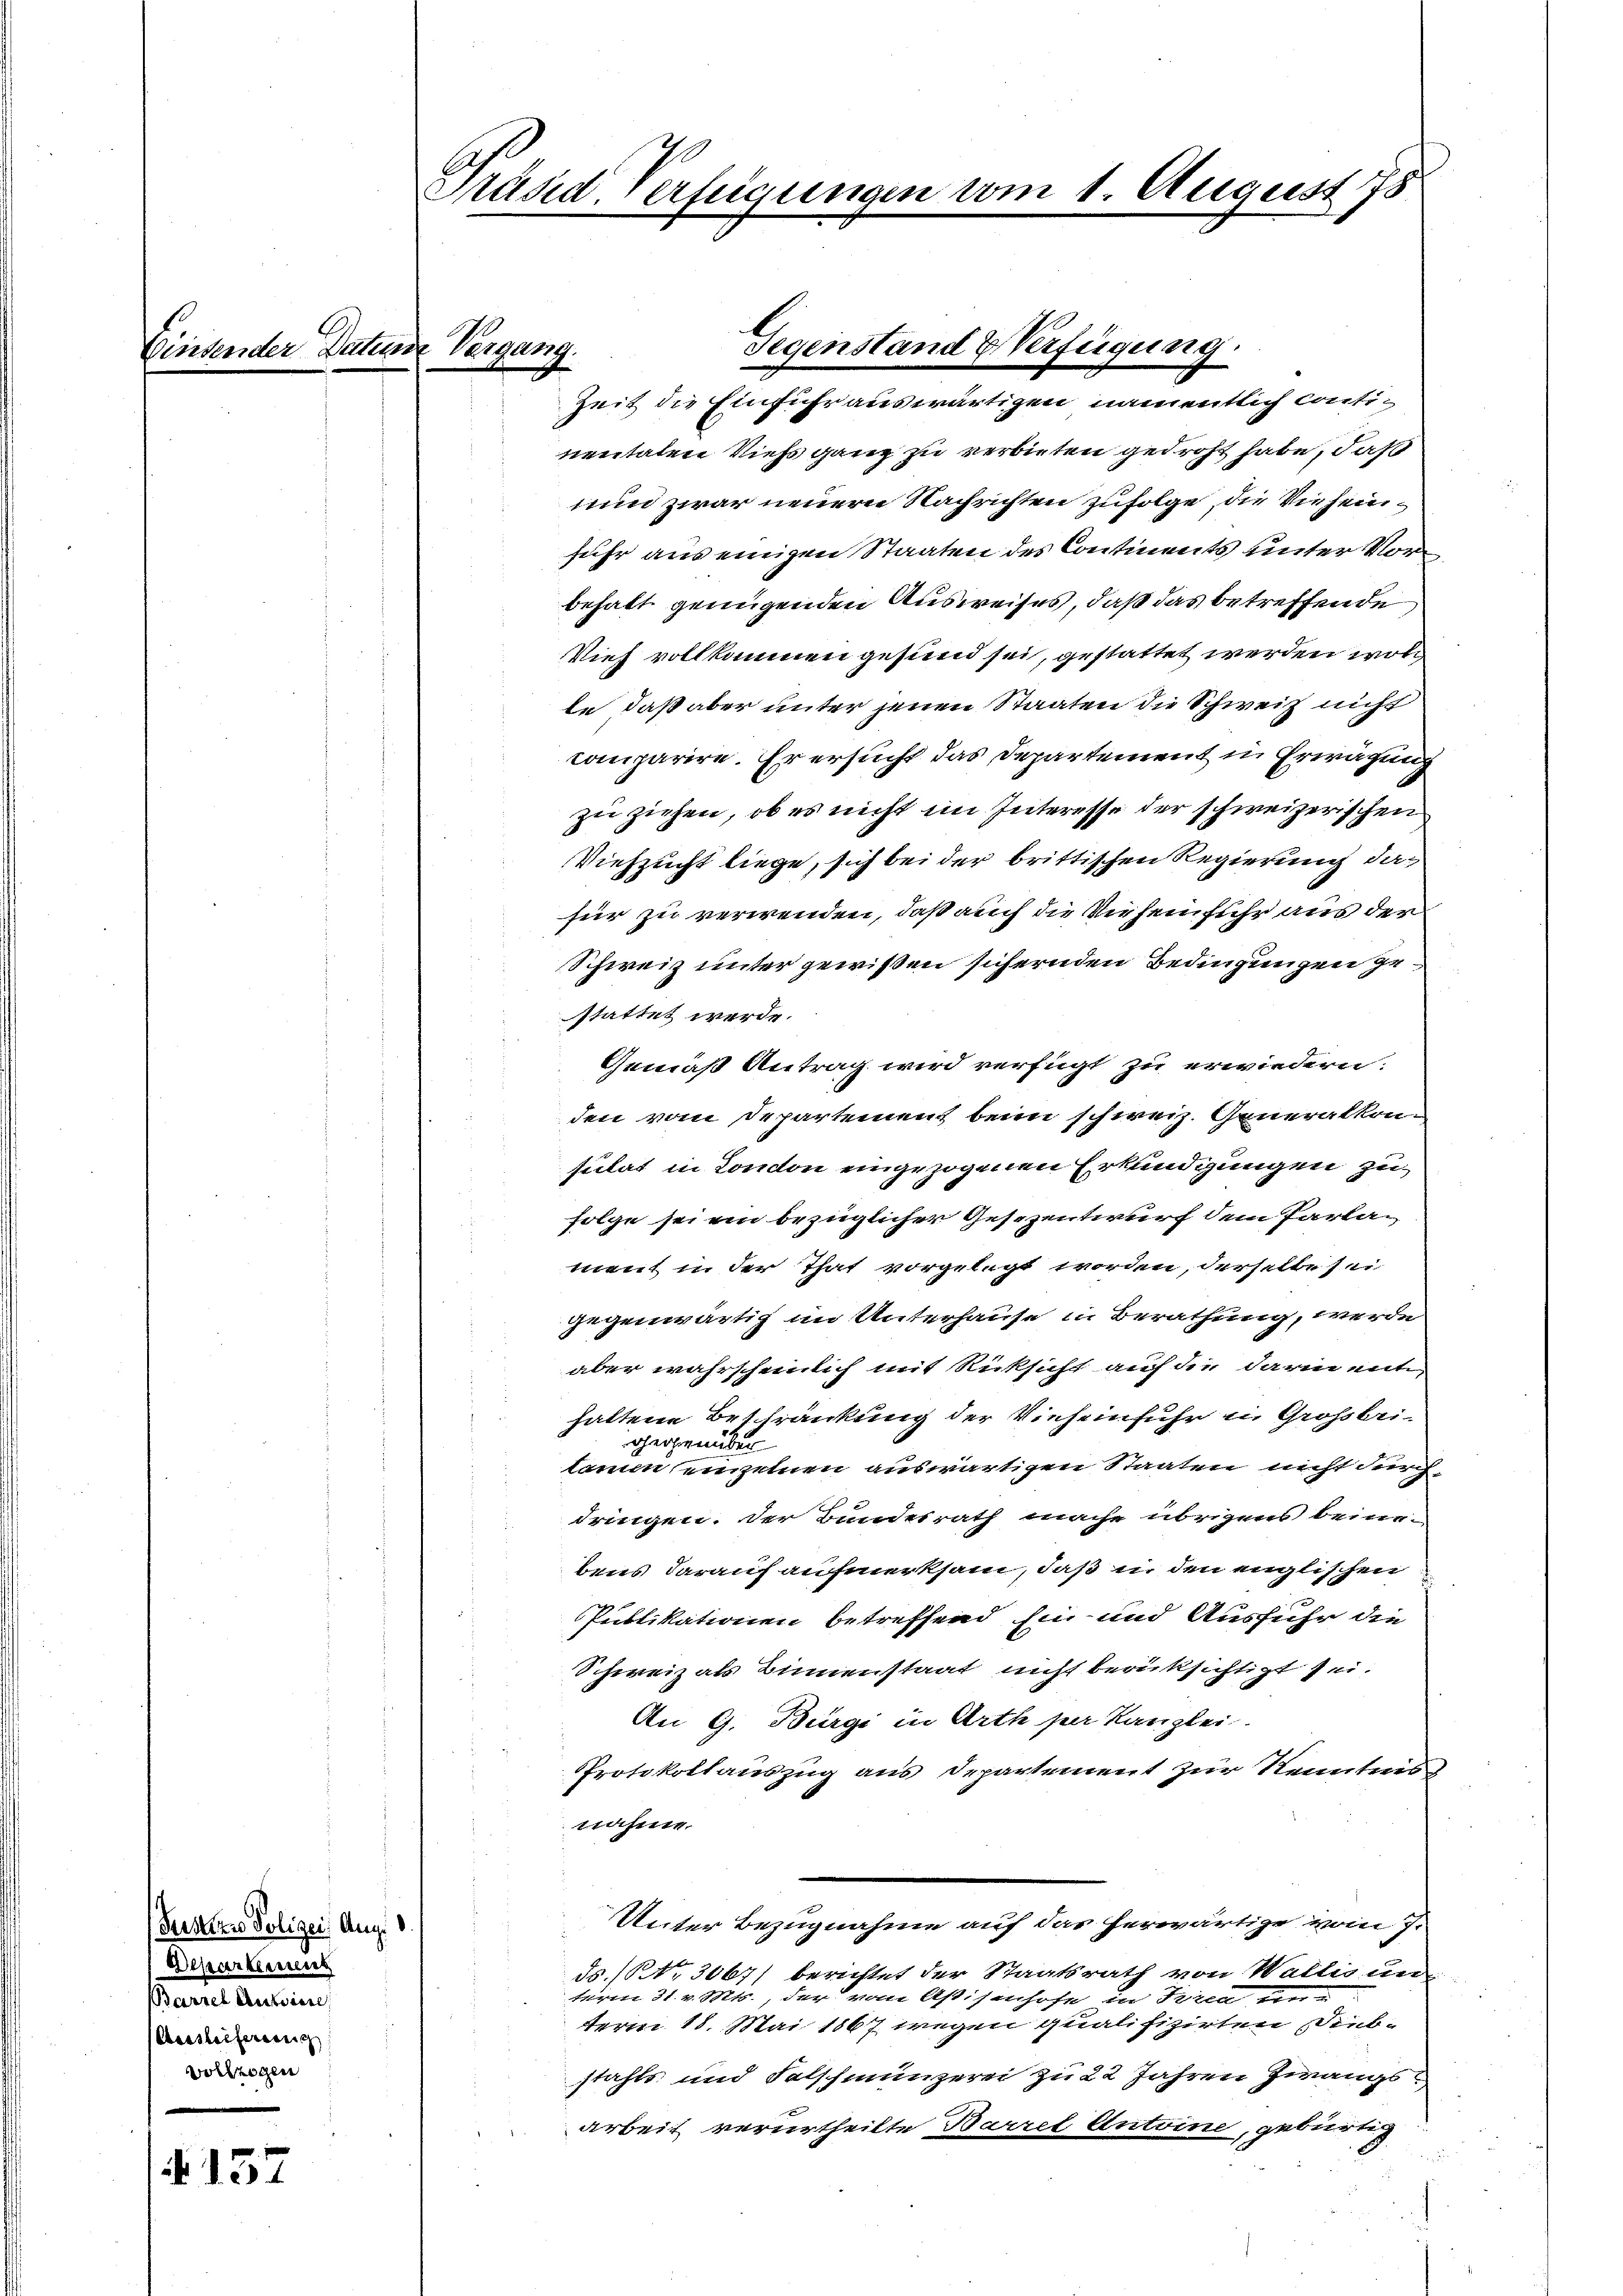
Winsender

137

2

Justian Polizei Aug.
Beparterung
Barre Austrice,
Aersheitererrich
vollzogen

Präsid. Verfügungen vom 1. August 178

und Vergang.

Gegenstand & Verfügung.

Zeit die Einfuhr auswärtigen namentlich continentalen Viehs ganz zu verbieten gedroht habe, daß
nun zwar neuerer Nachrichten zufolge, die Vieheinfuhr aus einigen Staaten des Contiments unter Vorbehalt genügenden Ausweises, daß das betreffende
Vieh vollkommen gesund sei, gestattet werden wol
le, daß aber unter jenen Staaten die Schweiz nicht
comparire. Er ersucht das Departement in Erwägung
zu ziehen, ob es nicht im Interesse der schweizerischen
Viehzucht liege, sich bei der brittischen Regierung dafür zu verwenden, daß auch die Vieheinfuhr aus der
Schweiz unter gewißen sichernden Bedingungen gestattet werde.
Gemäß Antrag wird verfügt zu erwiedern:
den vom Departement beim schweiz. Generalkon-
sulat in London eingezogenen Erkundigungen zu
folge sei ein bezüglicher Gesezentwurf dem Parlament in der That vorgelegt worden, derselbe sei
gegenwärtig im Unterhause in Berathung, werde
aber wahrscheinlich mit Rücksicht auf die darin ente,
haltene Beschränkung der Vieheinfuhr u. Großbeigegenüber
kammen einzelnen auswärtigen Staaten nicht durch
dringen. Der Bundesrath mache übrigens beinebens darauf aufmerksam, daß in den englischen
Publikationen betreffend in und Ausführ die
Schweiz als Binnenstaat nicht berüksichtigt sei.
An G. Bürgi in Arth per Kanzlei.
Protokollauszug aus Departement zur Kenntnis
nahme.
Unter Bezugnahme auf das herwärtige vom 7.
ds. (Nr. 3067) berichtet der Staatsrath von Wallis un
term 31. v. Mts. der vom Aßisenhofe in Treu un
term 18. Mai 1867 wegen qualifizirten Diebstahls und Felschmünzerei zu 22 Jahren Zwangsarbeit verurtheilte Barret Antoine, gebürtig
u